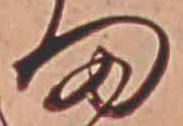
ま